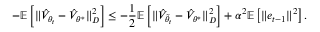
- \mathbb { E } \left[ \Vert \hat { V } _ { { \theta } _ { t } } - \hat { V } _ { \theta ^ { * } } \Vert _ { D } ^ { 2 } \right] \leq - \frac { 1 } { 2 } \mathbb { E } \left[ \Vert \hat { V } _ { \tilde { \theta } _ { t } } - \hat { V } _ { \theta ^ { * } } \Vert _ { D } ^ { 2 } \right] + \alpha ^ { 2 } \mathbb { E } \left[ \Vert e _ { t - 1 } \Vert ^ { 2 } \right] .